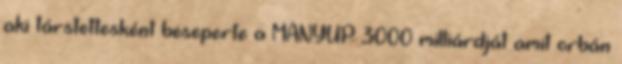
aki társtettesként beseperte a MANYUP 3000 milliárdját amit orbán